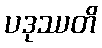
ပဒုဿတိ